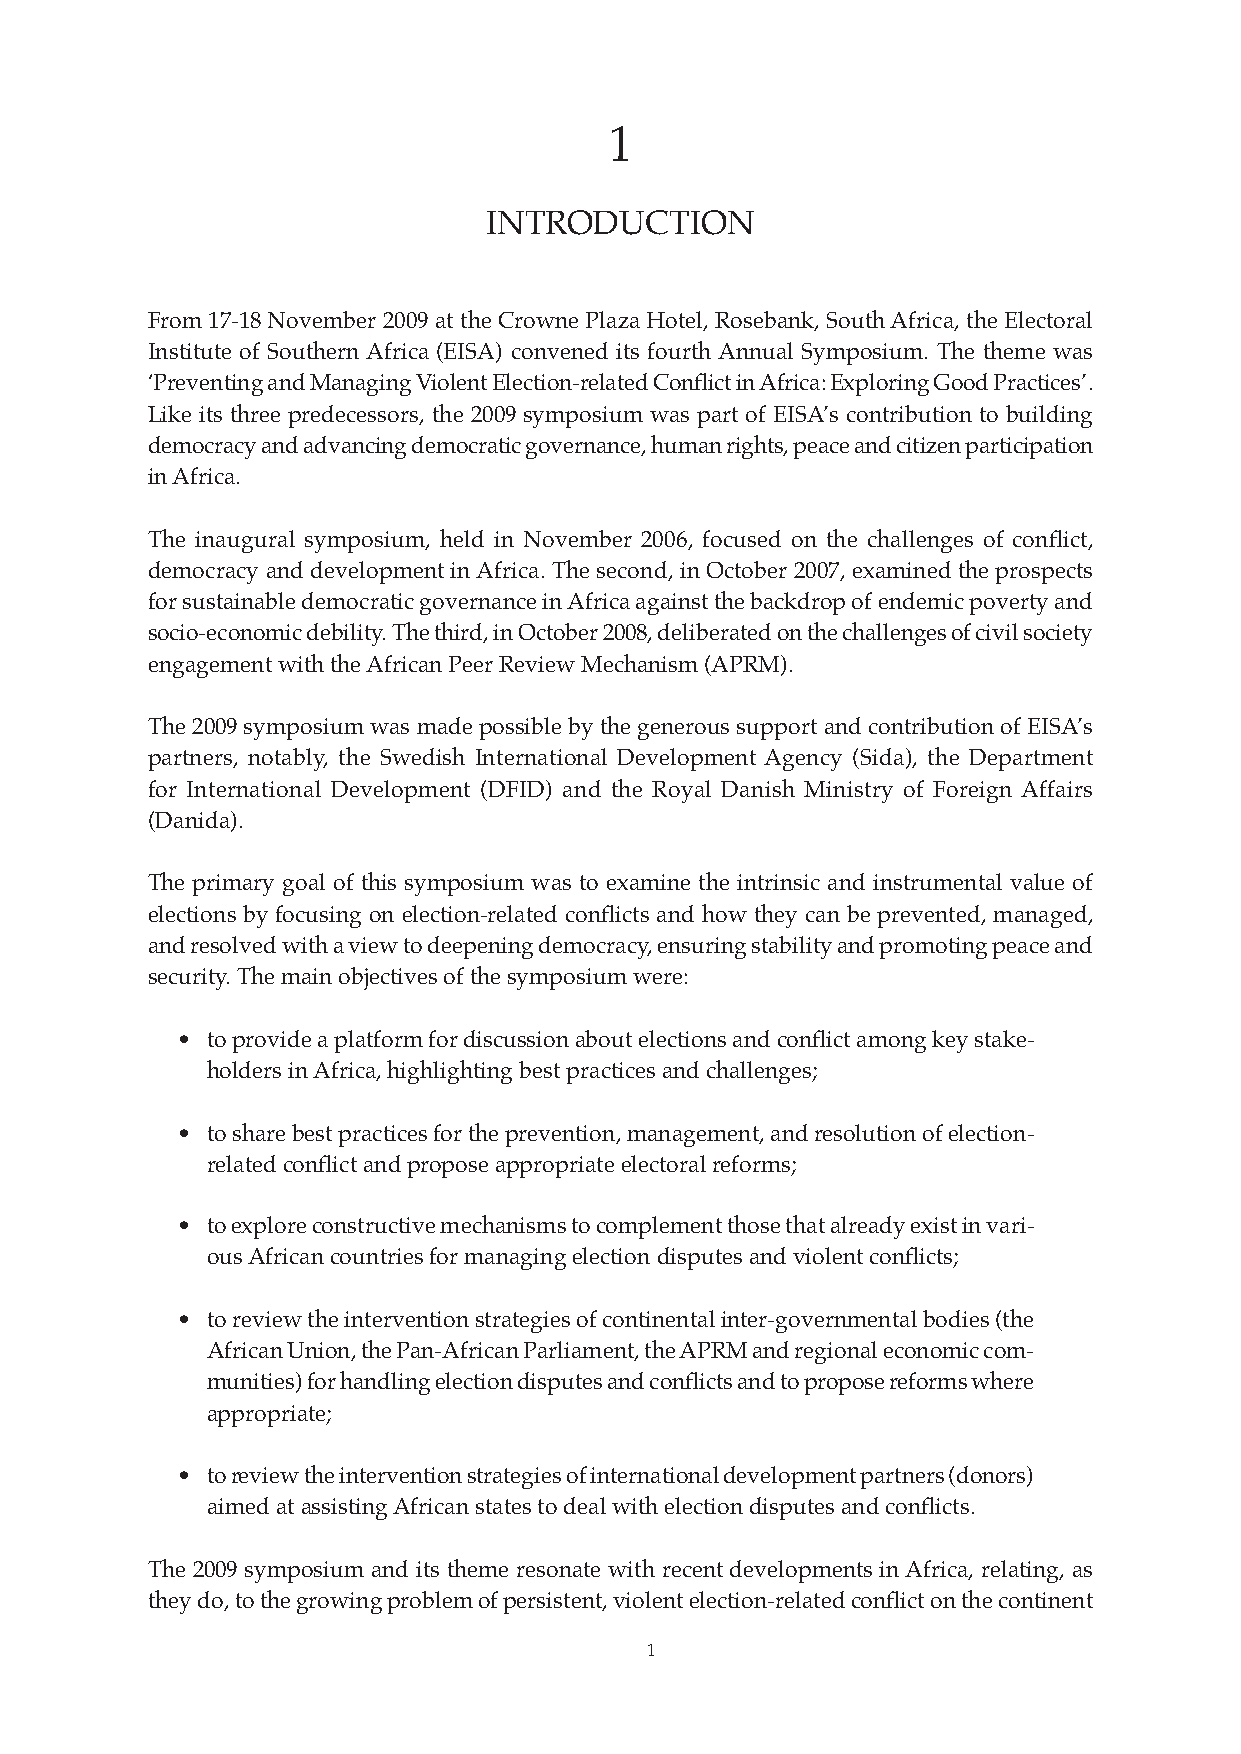
CONFERENCE PROCEEDINGS REPORT             1
 1
 INTRODUCTION
 From 17-18 November 2009 at the Crowne Plaza Hotel, Rosebank, South Africa, the Electoral
 Institute of Southern Africa (EISA) convened its fourth Annual Symposium. The theme was
 ‘Preventing and Managing Violent Election-related Conflict in Africa: Exploring Good Practices’.
 Like its three predecessors, the 2009 symposium was part of EISA’s contribution to building
 democracy and advancing democratic governance, human rights, peace and citizen participation
 in Africa.
 The inaugural symposium, held in November 2006, focused on the challenges of conflict,
 democracy and development in Africa. The second, in October 2007, examined the prospects
 for sustainable democratic governance in Africa against the backdrop of endemic poverty and
 socio-economic debility. The third, in October 2008, deliberated on the challenges of civil society
 engagement with the African Peer Review Mechanism (APRM).
 The 2009 symposium was made possible by the generous support and contribution of EISA’s
 partners, notably, the Swedish International Development Agency (Sida), the Department
 for International Development (DFID) and the Royal Danish Ministry of Foreign Affairs
 (Danida).
 The primary goal of this symposium was to examine the intrinsic and instrumental value of
 elections by focusing on election-related conflicts and how they can be prevented, managed,
 and resolved with a view to deepening democracy, ensuring stability and promoting peace and
 security. The main objectives of the symposium were:
 • to provide a platform for discussion about elections and conflict among key stake-
 holders in Africa, highlighting best practices and challenges;
 • to share best practices for the prevention, management, and resolution of election-
 related conflict and propose appropriate electoral reforms;
 • to explore constructive mechanisms to complement those that already exist in vari-
 ous African countries for managing election disputes and violent conflicts;
 • to review the intervention strategies of continental inter-governmental bodies (the
 African Union, the Pan-African Parliament, the APRM and regional economic com-
 munities) for handling election disputes and conflicts and to propose reforms where
 appropriate;
 • to review the intervention strategies of international development partners (donors)
 aimed at assisting African states to deal with election disputes and conflicts.
 The 2009 symposium and its theme resonate with recent developments in Africa, relating, as
 they do, to the growing problem of persistent, violent election-related conflict on the continent
 1